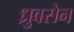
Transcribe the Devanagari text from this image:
ध्रुवसेन